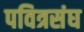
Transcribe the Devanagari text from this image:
पवित्रसंघ